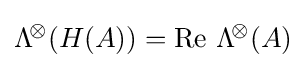
\mathrm {\Lambda } ^{\!\otimes }\!\left({H(A)}\right)=\mathrm {Re} \ \mathrm {\Lambda } ^{\!\otimes }\!\left({A}\right)